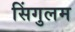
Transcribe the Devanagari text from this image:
सिंगुलम